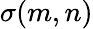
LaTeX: \sigma(m,n)